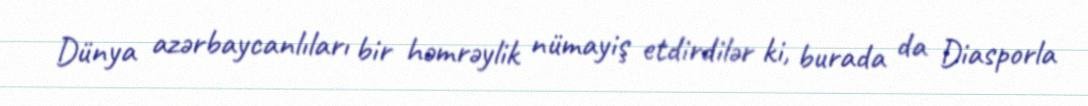
Dünya azərbaycanlıları bir həmrəylik nümayiş etdirdilər ki, burada da Diasporla